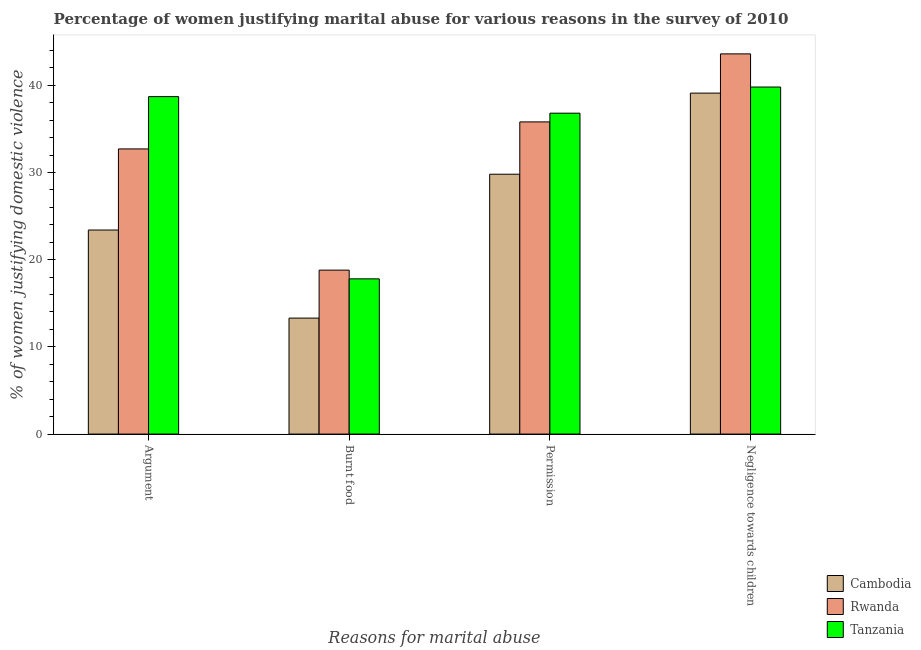
| Reasons for marital abuse | Cambodia | Rwanda | Tanzania |
 | --- | --- | --- | --- |
 | Argument | 23.4 | 32.7 | 38.7 |
 | Burnt food | 13.3 | 18.8 | 17.8 |
 | Permission | 29.8 | 35.8 | 36.8 |
 | Negligence towards children | 39.1 | 43.6 | 39.8 |